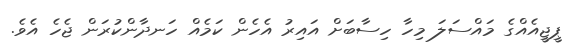
ޕީޖީއެއްގެ މައްސަލަ މިހާ ހިސާބަށް އައިރު އެހެން ކަމެއް ހަނދާންކުރަން ޖެހެ އެވެ.